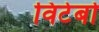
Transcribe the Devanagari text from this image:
विटेर्बो